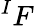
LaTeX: ^{I}F